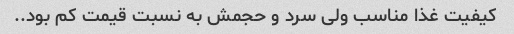
کیفیت غذا مناسب ولی سرد و حجمش به نسبت قیمت کم بود..